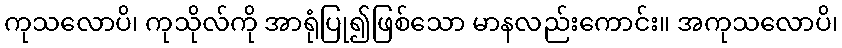
ကုသလောပိ၊ ကုသိုလ်ကို အာရုံပြု၍ဖြစ်သော မာနလည်းကောင်း။ အကုသလောပိ၊